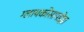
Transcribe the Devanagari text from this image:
ग्लायकोसायडेझ